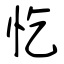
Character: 忔